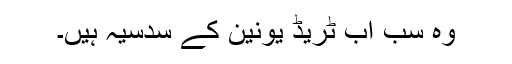
وہ سب اب ٹریڈ یونین کے سدسیہ ہیں۔